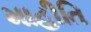
માહીતિ